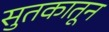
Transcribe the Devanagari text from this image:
सुतकातून